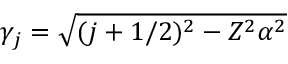
\gamma _ { j } = \sqrt { ( j + 1 / 2 ) ^ { 2 } - Z ^ { 2 } \alpha ^ { 2 } }